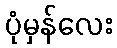
ပုံမှန်လေး